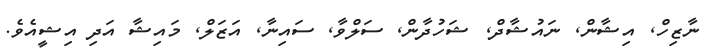
ނާޒިހް